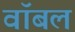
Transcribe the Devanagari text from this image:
वॉबल